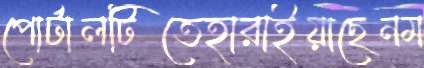
পোর্টালটিতেহারাইয়াছেনম